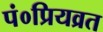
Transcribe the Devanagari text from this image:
पं०प्रियव्रत